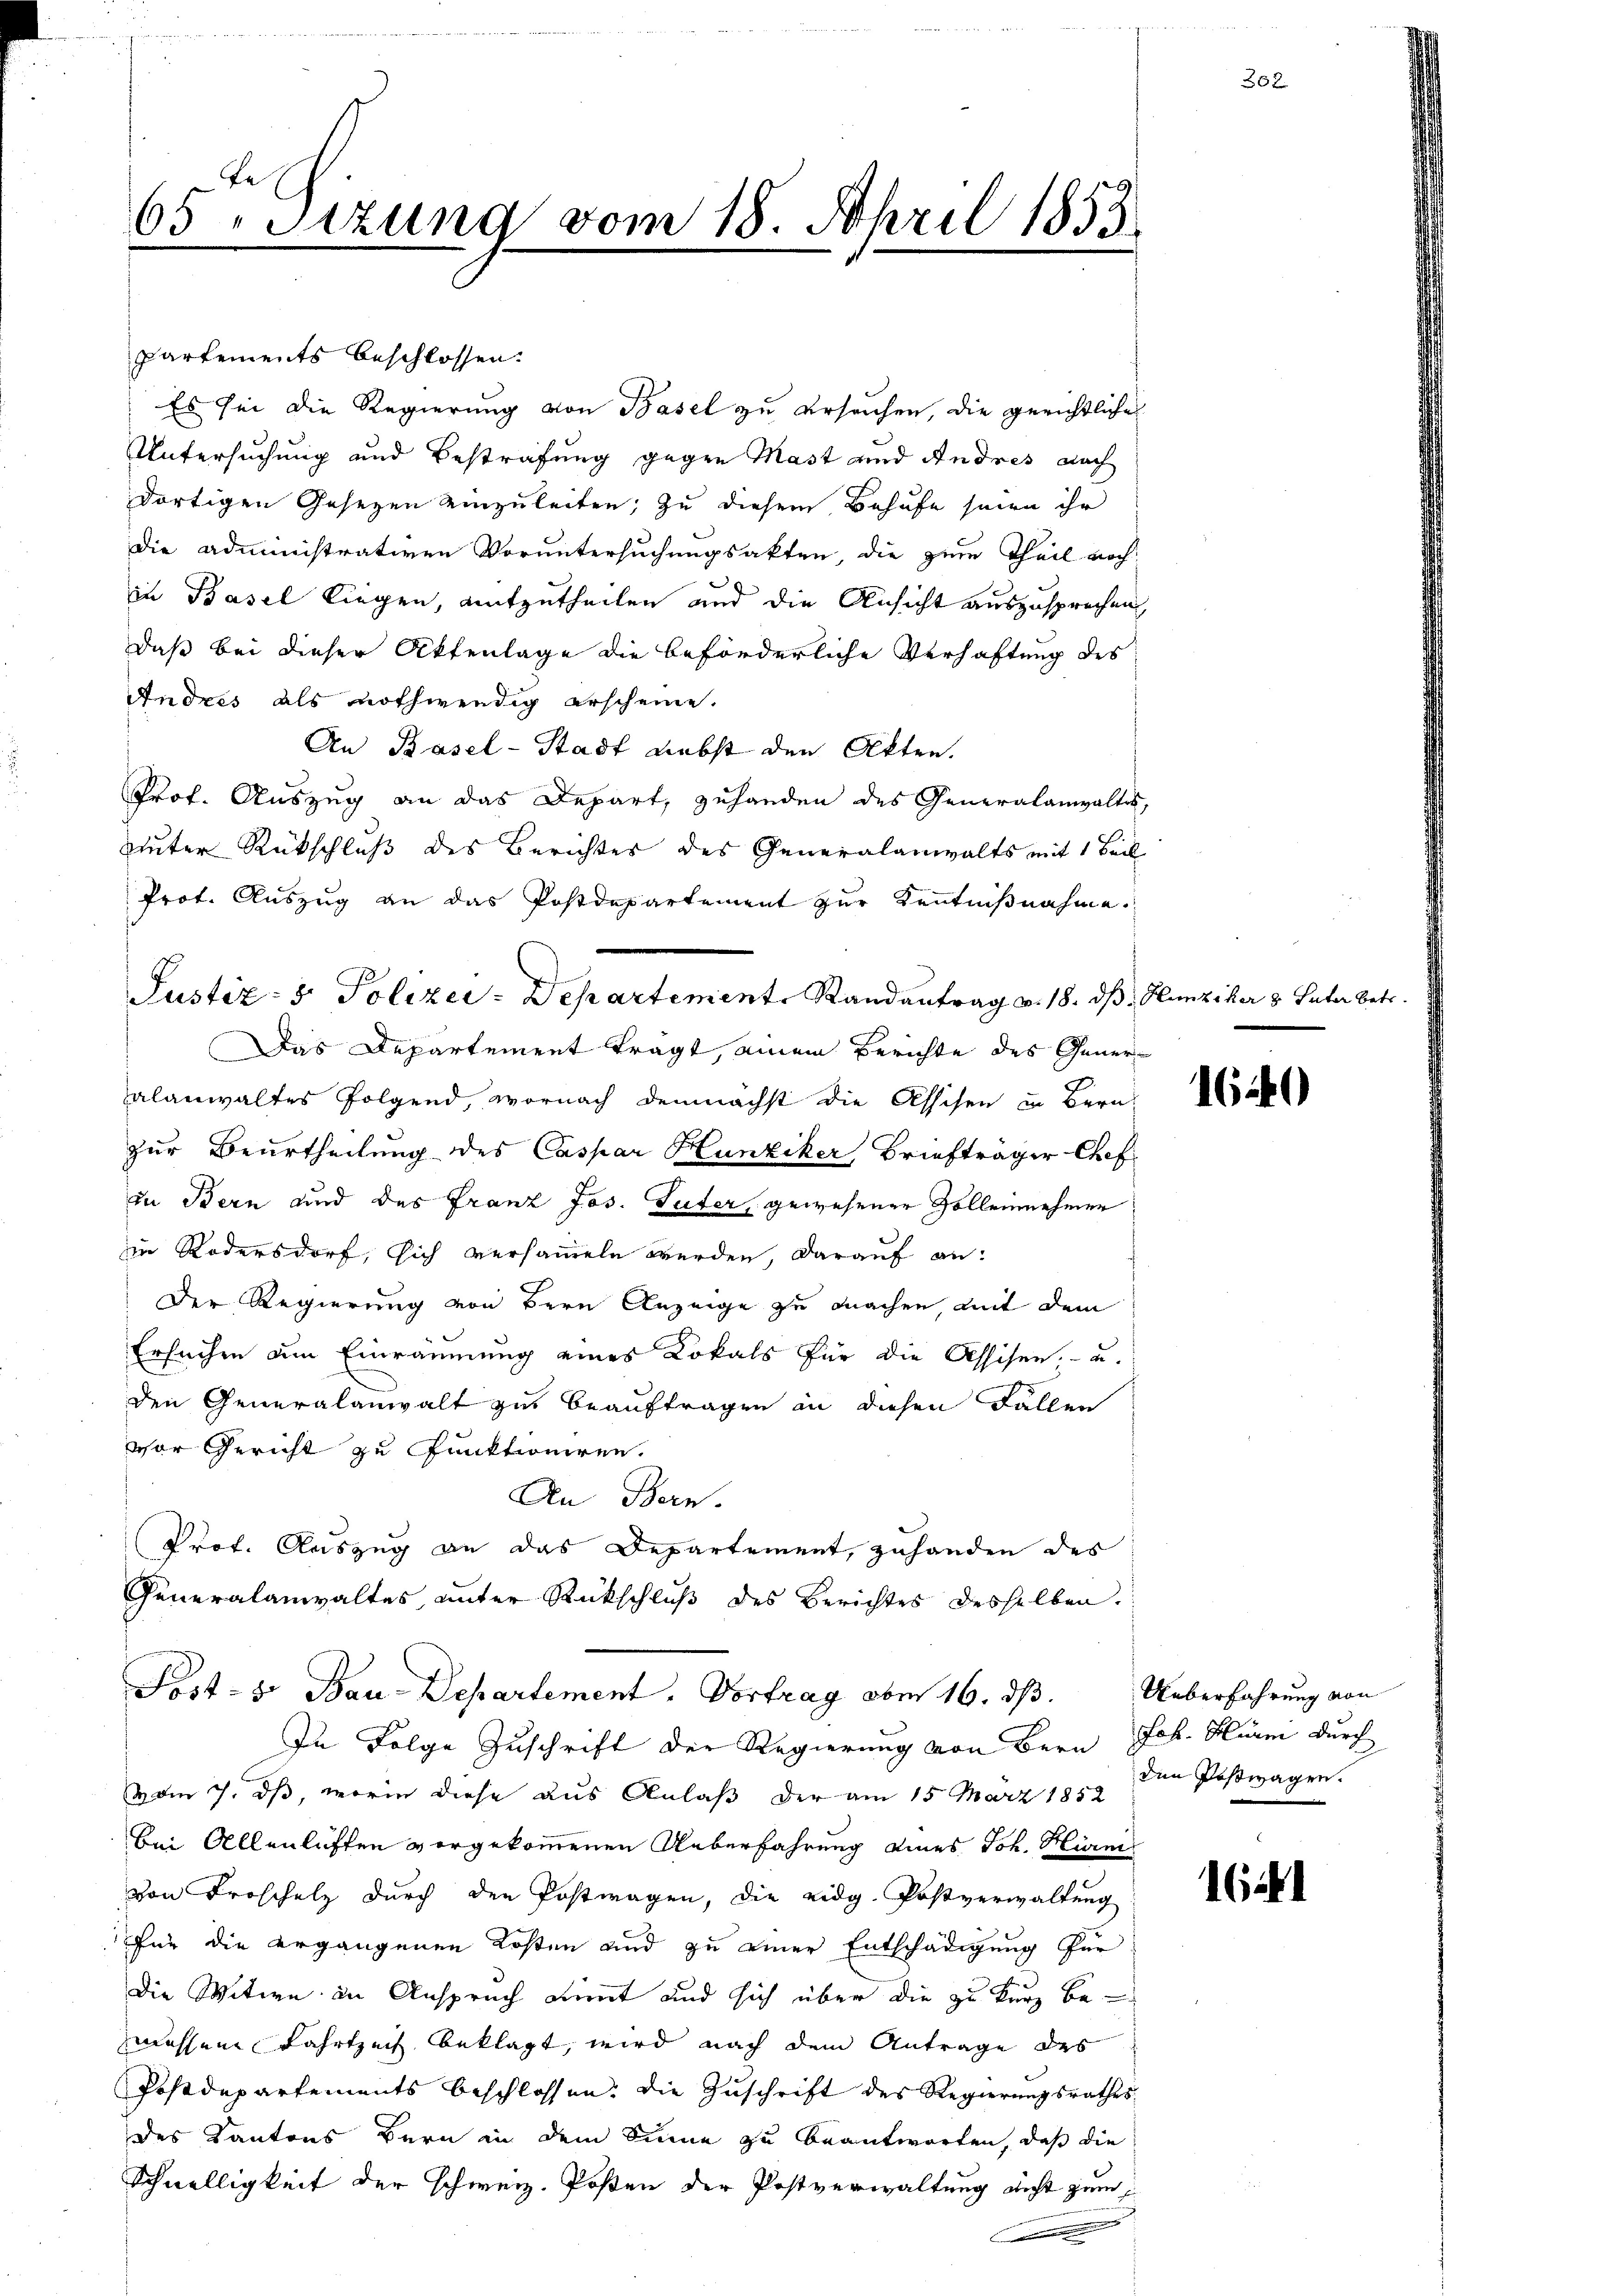
fe
65 Sitzung vom 18. April 1853

Justiz- & Polizei-Departement. Randantrag v. 18. ds. Hunziker 3 Vater betr.

partements beschlossen:
Es sei die Regierung von Basel zu ersuchen, die gerichtliches
Untersuchung und Bestrafung gegen Mast und Andres nach
dortigen Gesetzen einzuleiten; zu diesem Behufe seien ihr
Die Administrativen Voruntersuchungsakten, die zum Theil noch
in Basel liegen, aufzutheilen und die Ansicht auszusprechen
daß bei dieser Aktenlage die beförderliche Verhaftung des
Andres als nothwendig erscheine.
An Basel-Stadt Liebst den Akten.
Prof. Auszug an das Depart, zuhanden des Generalanwaltes,
unter Rückschluß des Berichtes des Generalanwalts mit 1 Beil
Prot. Auszug an das Postdepartement zur Kenntnißnahme.
Das Departement tragt, einem Berichte des Gener-
alanwaltes folgend, wornach demnächst die Asschen in Bern
zur Beurtheilung des Caspar Hunziker Briefträger Chef
in Bern und des Franz Jos. Suter, gewesener Solleinehmer
in Rodensdorf, sich versammeln werden, darauf an:
Der Regierung von Bern Anzeige zu machen, mit dem
Ersuchen am Einräumung eines Lokals für die Assisen, - u.
den Generalanwalt zu beauftragen in diesen Fallen
vor Gericht zu Punktioniren.
An Bern.
Prof. Auszug an das Departement, zuhanden des
Generalanwaltes, unter Rückschluß des Berichtes desselben.
Post- u. Bau-Departement. Vortrag oben 16. ds. Ueberfahrung von
In Folge Zuschrift der Regierung von Bern Joh. Huren durch
vom 7. ds, worin diese aus Anlaß der am 15. März 1852
bei Allenlisten vorgekommenen Ueberfahrung eines Joh. Hürn
von Froschulz durch den Postwagen, die eidg. Postverwaltung
Für die ergangenen Kosten und zu einer Entschädigung für
Die Witwe in Anspruch nimmt und sich über die zu kurz bewessene Fahrtzeit beklagt, wird nach dem Antrage des
Postdepartements beschlossen, die Zuschrift des Regierungsrathes
des Kantons Bern in dem Sinne zu beantworten, daß die
Schnelligkeit der schweiz. Posten der Postverwaltung nicht zum

252.

1640

den Postwagen.

1644